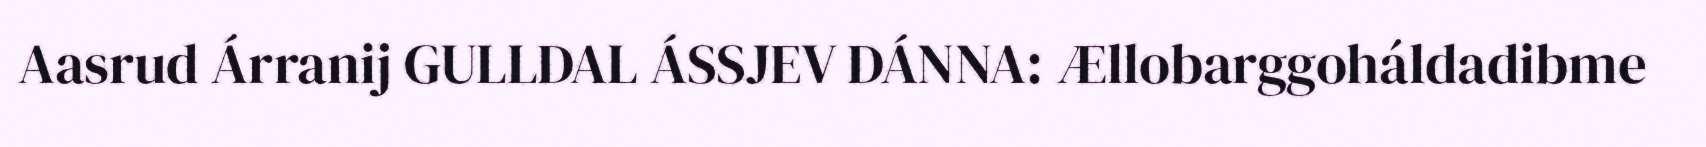
Aasrud Árranij GULLDAL ÁSSJEV DÁNNA: Ællobarggoháldadibme